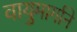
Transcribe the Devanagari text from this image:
वायुमार्गाने